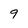
Character: 9